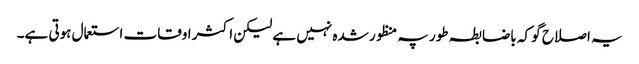
یہ اصلاح گو کہ باضابطہ طور پہ منظور شدہ نہیں ہے لیکن اکثر اوقات استعمال ہوتی ہے۔